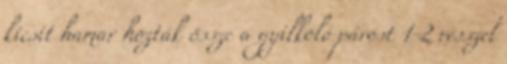
kicsit hamar hozták össze a gyilkoló párost 1-2 résszel